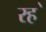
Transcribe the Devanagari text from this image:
रह॓